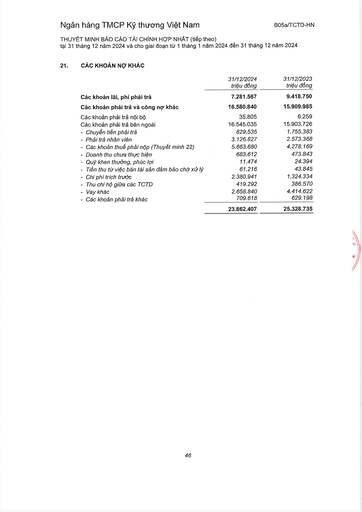
||31/12/2024 triệu đồng|31/12/2023 triệu đồng| |---|---|---| |Các khoản lãi, phí phải trả|7.281.567|9.418.750| |Các khoản phải trả và công nợ khác|16.580.840|15.909.985| |Các khoản phải trả nội bộ|35.805|6.259| |Các khoản phải trả bên ngoài|16.545.035|15.903.726| |- Chuyển tiền phải trả|829.535|1.755.383| |- Phải trả nhân viên|3.126.827|2.573.368| |- Các khoản thuế phải nộp (Thuyết minh 22)|5.663.680|4.278.169| |- Doanh thu chưa thực hiện|683.612|473.843| |- Quỹ khen thưởng, phúc lợi|11.474|24.394| |- Tiền thu từ việc bán tài sản đảm bảo chờ xử lý|61.216|43.845| |- Chi phí trích trước|2.380.941|1.324.334| |- Thu chi hộ giữa các TCTD|419.292|386.570| |- Vay khác|2.658.840|4.414.622| |- Các khoản phải trả khác|709.618|629.198| ||23.862.407|25.328.735|